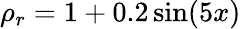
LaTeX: \rho_{r}=1+0.2\sin(5x)